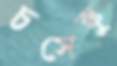
চসেস্কু